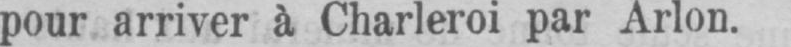
pour arriver à Charleroi par Arlon.